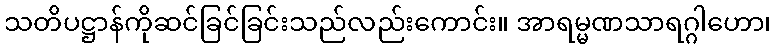
သတိပဋ္ဌာန်ကိုဆင်ခြင်ခြင်းသည်လည်းကောင်း။ အာရမ္မဏသာရဂ္ဂါဟော၊